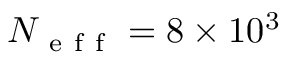
N _ { \mathrm { ~ e ~ f ~ f ~ } } = 8 \times 1 0 ^ { 3 }